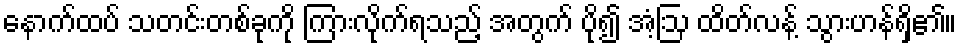
နောက်ထပ် သတင်းတစ်ခုကို ကြားလိုက်ရသည့် အတွက် ပို၍ အံ့ဩ ထိတ်လန့် သွားဟန်ရှိ၏။